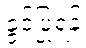
ခွင့်ပြုရန်